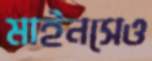
মাইনসেও